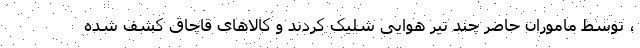
، توسط ماموران حاضر چند تیر هوایی شلیک کردند و کالاهای قاچاق کشف شده